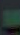
-